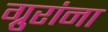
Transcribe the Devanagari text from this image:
ग्रुरांना